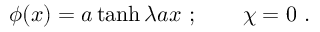
\phi ( x ) = a \operatorname { t a n h } \lambda a x ~ ; \qquad \chi = 0 ~ .